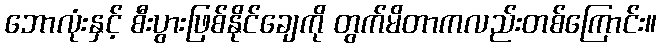
ဘောလုံးနှင့် စီးပွားဖြစ်နိုင်ချေကို တွက်မိတာကလည်းတစ်ကြောင်း။